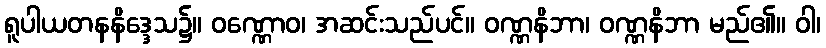
ရူပါယတနနိဒ္ဒေသ၌။ ဝဏ္ဏောဝ၊ အဆင်းသည်ပင်။ ဝဏ္ဏနိဘာ၊ ဝဏ္ဏနိဘာ မည်၏။ ဝါ၊